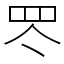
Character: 罖